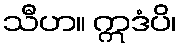
သီဟ။ ဣဒံပိ၊